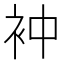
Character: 衶